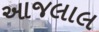
આજલાલ